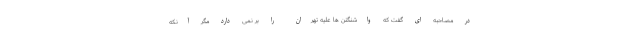
در مصاحبه ای گفت که واشنگتن ها علیه تهران را بر نمی دارد مگر آنکه